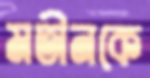
মতীনকে